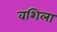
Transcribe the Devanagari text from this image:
वशिला